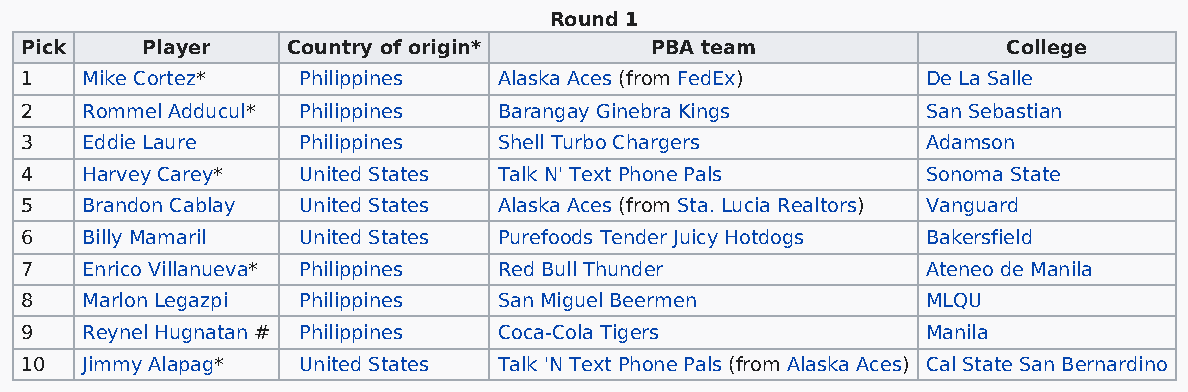
Round 1
 Pick    Player    Country of origin*      PBA team                College
 1   Mike Cortez*   Philippines  Alaska Aces (from FedEx)    De La Salle
 2   Rommel Adducul* Philippines Barangay Ginebra Kings      San Sebastian
 3   Eddie Laure    Philippines  Shell Turbo Chargers        Adamson
 4   Harvey Carey*  United States Talk N' Text Phone Pals    Sonoma State
 5   Brandon Cablay United States Alaska Aces (from Sta. Lucia Realtors) Vanguard
 6   Billy Mamaril  United States Purefoods Tender Juicy Hotdogs Bakersfield
 7   Enrico Villanueva* Philippines Red Bull Thunder         Ateneo de Manila
 8   Marlon Legazpi Philippines  San Miguel Beermen          MLQU
 9   Reynel Hugnatan # Philippines Coca-Cola Tigers          Manila
 10  Jimmy Alapag*  United States Talk 'N Text Phone Pals (from Alaska Aces) Cal State San Bernardino